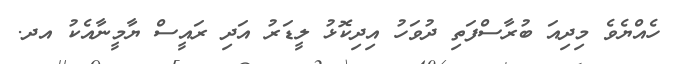
ހެއްޔެވެ މިދިއަ ބުރާސްފަތި ދުވަހު އިދިކޮޅު ލީޑަރު އަދި ރައީސް ޔާމީނާއެކު އދ.